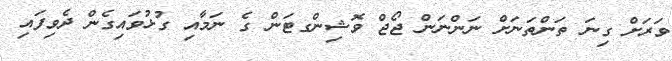
ވަރަށް ގިނަ ތަންތަނަށް ނަންނަން ޖޯޖް ވޮޝިންގޓަން ގެ ނަމާއި ގުޅުވައިގެން ދެވިފައި